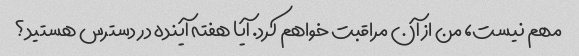
مهم نیست، من از آن مراقبت خواهم کرد. آیا هفته آینده در دسترس هستید؟